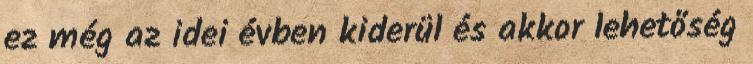
ez még az idei évben kiderül és akkor lehetőség